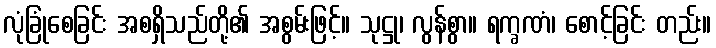
လုံခြုံစေခြင်း အစရှိသည်တို့၏ အစွမ်းဖြင့်။ သုဋ္ဌု၊ လွန်စွာ။ ရက္ခဏံ၊ စောင့်ခြင်း တည်း။